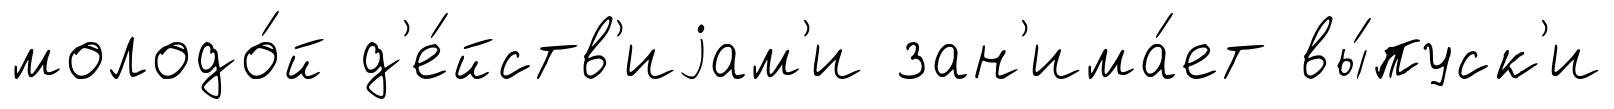
молодо́й д'е́йств'иjам'и зан'има́ет вы́пуск'и